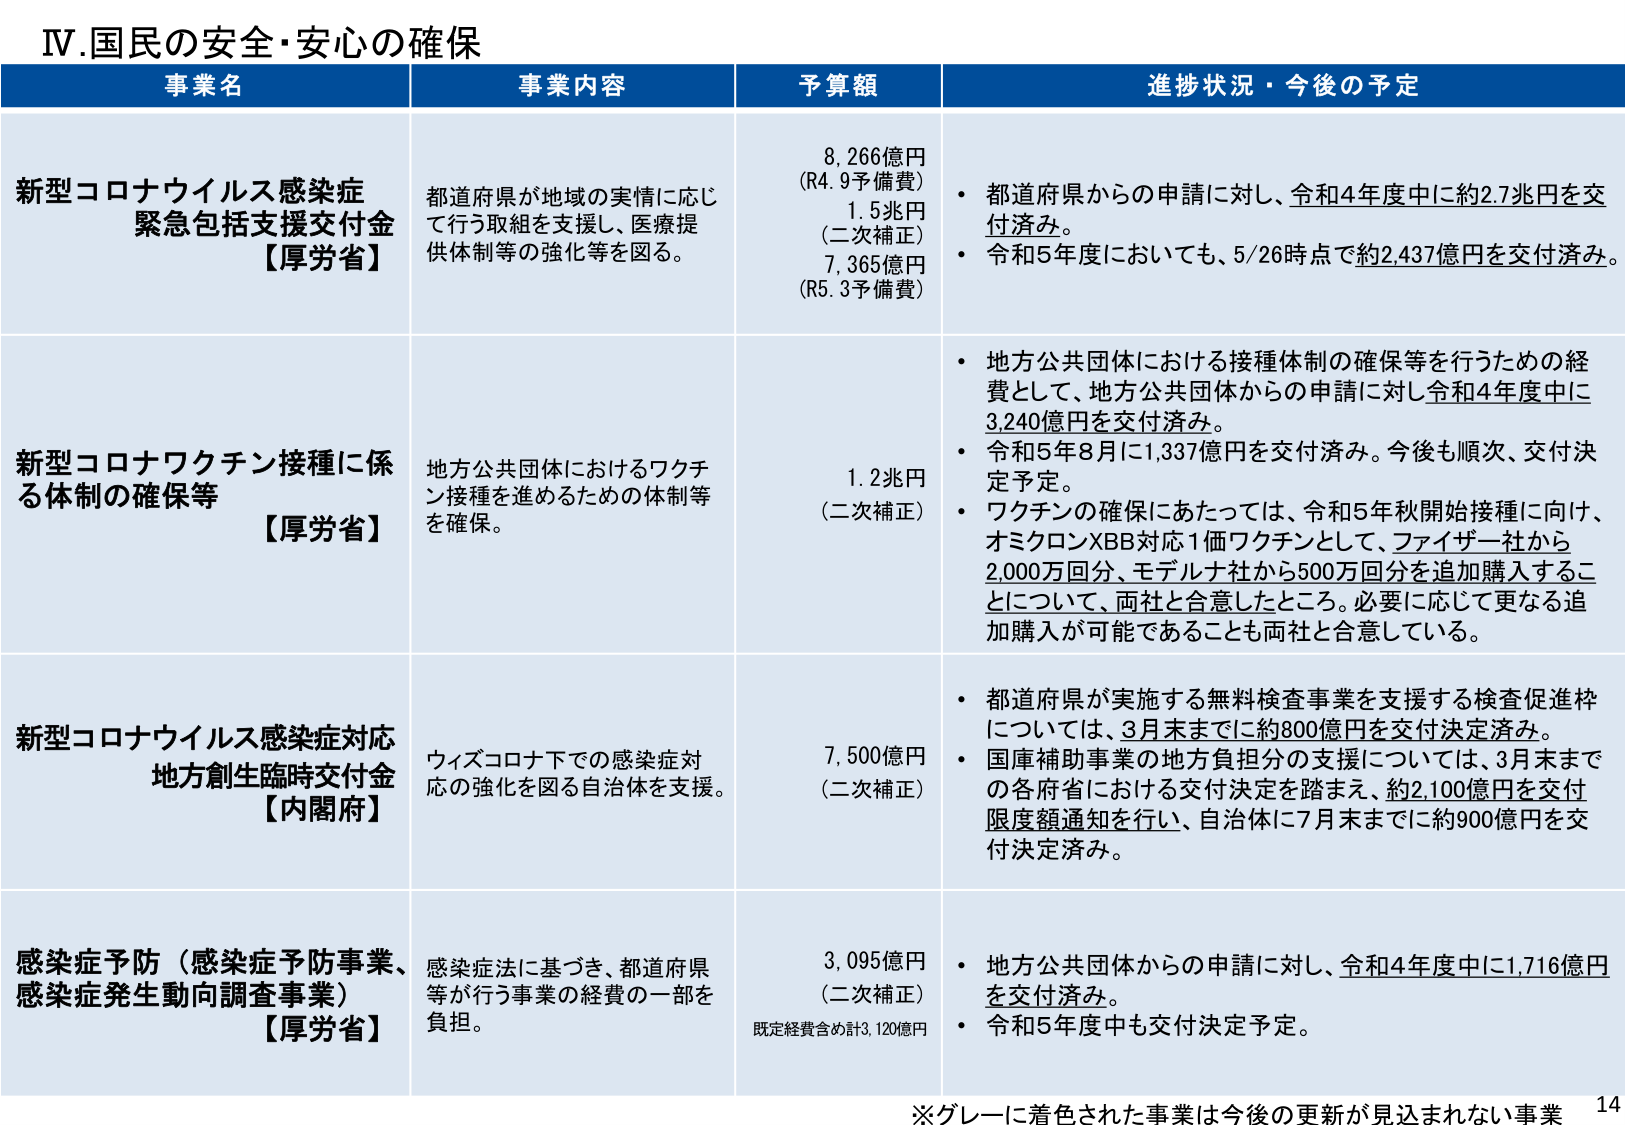
IV.国民の安全・安心の確保

事業名　　　　　　　　　　　　　　　事業内容　　　　　　　　　　　　　　　予算額　　　　　　　　　　　　　　　進捗状況・今後の予定

新型コロナウイルス感染症
緊急包括支援交付金
【厚労省】
都道府県が地域の実情に応じ
て行う取組を支援し、医療提
供体制等の強化等を図る。
8,266億円
(R4.9予備費)
1.5兆円
(二次補正)
7,365億円
(R5.3予備費)
・都道府県からの申請に対し、令和4年度中に約2.7兆円を交
付済み。
・令和5年度においても、5/26時点で約2,437億円を交付済み。

新型コロナワクチン接種に係
る体制の確保等
【厚労省】
地方公共団体におけるワクチ
ン接種を進めるための体制等
を確保。
1.2兆円
(二次補正)
・地方公共団体における接種体制の確保等を行うための経
費として、地方公共団体からの申請に対し令和4年度中に
3,240億円を交付済み。
・令和5年8月に1,337億円を交付済み。今後も順次、交付決
定予定。
・ワクチンの確保にあたっては、令和5年秋開始接種に向け、
オミクロンXBB対応1価ワクチンとして、ファイザー社から
2,000万回分、モデルナ社から500万回分を追加購入するこ
とについて、両社と合意したところ。必要に応じて更なる追
加購入が可能であることも両社と合意している。

新型コロナウイルス感染症対応
地方創生臨時交付金
【内閣府】
ウィズコロナ下での感染症対
応の強化を図る自治体を支援。
7,500億円
(二次補正)
・都道府県が実施する無料検査事業を支援する検査促進枠
については、3月末までに約800億円を交付決定済み。
・国庫補助事業の地方負担分の支援については、3月末まで
の各府省における交付決定を踏まえ、約2,100億円を交付
限度額通知を行い、自治体に7月末までに約900億円を交
付決定済み。

感染症予防（感染症予防事業、
感染症発生動向調査事業）
【厚労省】
感染症法に基づき、都道府県
等が行う事業の経費の一部を
負担。
3,095億円
(二次補正)
既定経費含め計3,120億円
・地方公共団体からの申請に対し、令和4年度中に1,716億円
を交付済み。
・令和5年度中も交付決定予定。

※グレーに着色された事業は今後の更新が見込まれない事業
14